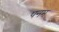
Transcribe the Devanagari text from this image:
पनम